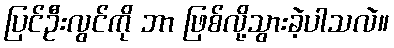
ပြင်ဦးလွင်ကို ဘာ ဖြစ်လို့သွားခဲ့ပါသလဲ။